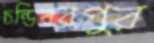
চন্ডিবরপুর